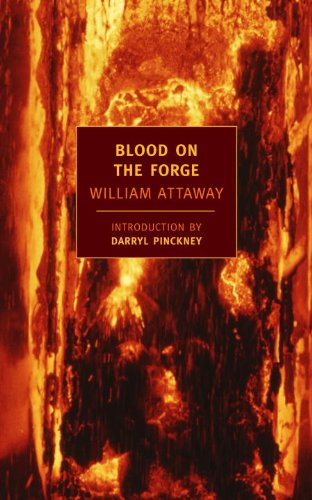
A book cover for Blood on the Forge (New York Review Books Classics); William Attaway; Literature & Fiction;